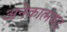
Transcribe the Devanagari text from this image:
अनेकात्मवाद